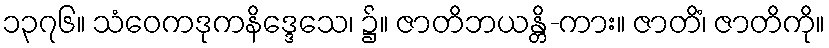
၁၃၇၆။ သံဝေကဒုကနိဒ္ဒေသေ၊ ၌။ ဇာတိဘယန္တိ-ကား။ ဇာတိံ၊ ဇာတိကို။